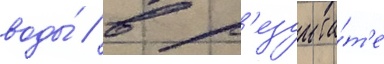
воды́ / в р'езульта́т'е